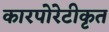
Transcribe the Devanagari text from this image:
कारपोरेटीकृत